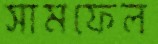
সামফেল